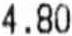
4.80